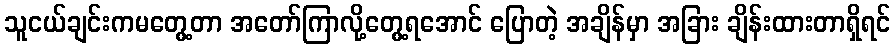
သူငယ်ချင်းကမတွေ့တာ အတော်ကြာလို့တွေ့ရအောင် ပြောတဲ့ အချိန်မှာ အခြား ချိန်းထားတာရှိရင်